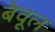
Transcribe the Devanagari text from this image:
बेवूल